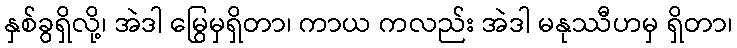
နှစ်ခွရှိလို့၊ အဲဒါ မြွေမှရှိတာ၊ ကာယ ကလည်း အဲဒါ မနုဿီဟမှ ရှိတာ၊